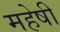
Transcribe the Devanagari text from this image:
महेषी